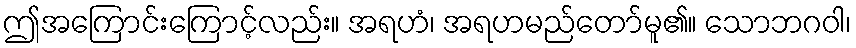
ဤအကြောင်းကြောင့်လည်း။ အရဟံ၊ အရဟမည်တော်မူ၏။ သောဘဂဝါ၊